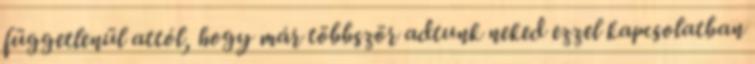
függetlenül attól, hogy már többször adtunk neked ezzel kapcsolatban